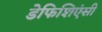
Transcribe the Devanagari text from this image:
डेफिशिएंसी